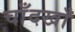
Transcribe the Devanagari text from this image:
चाँदखाँ